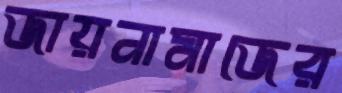
জায়নামাজের